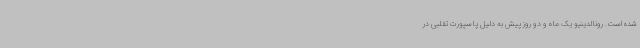
شده است. رونالدینیو یک ماه و دو روز پیش به دلیل پاسپورت تقلبی در